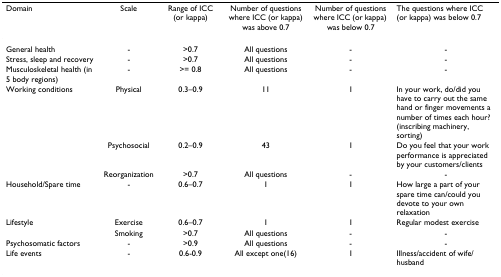
| Domain | Scale | Range of ICC (or kappa) | Number of questions where ICC (or kappa) was above 0.7 | Number of questions where ICC (or kappa) was below 0.7 | The questions where ICC (or kappa) was below 0.7 |
 | --- | --- | --- | --- | --- | --- |
 | General health | - | >0.7 | All questions | - | - |
 | Stress, sleep and recovery | - | >0.7 | All questions | - | - |
 | Musculoskeletal health (in 5 body regions) | - | >= 0.8 | All questions | - | - |
 | Working conditions | Physical | 0.3–0.9 | 11 | 1 | In your work, do/did you have to carry out the same hand or finger movements a number of times each hour? (inscribing machinery, sorting) |
 |  | Psychosocial | 0.2–0.9 | 43 | 1 | Do you feel that your work performance is appreciated by your customers/clients |
 |  | Reorganization | >0.7 | All questions | - | - |
 | Household/Spare time | - | 0.6–0.7 | 1 | 1 | How large a part of your spare time can/could you devote to your own relaxation |
 | Lifestyle | Exercise | 0.6–0.7 | 1 | 1 | Regular modest exercise |
 |  | Smoking | >0.7 | All questions | - | - |
 | Psychosomatic factors | - | >0.9 | All questions | - | - |
 | Life events | - | 0.6-0.9 | All except one(16) | 1 | Illness/accident of wife/husband |